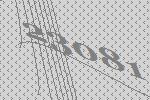
23081